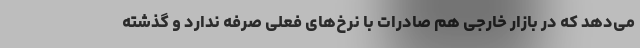
می‌دهد که در بازار خارجی هم صادرات با نرخ‌های فعلی صرفه ندارد و گذشته